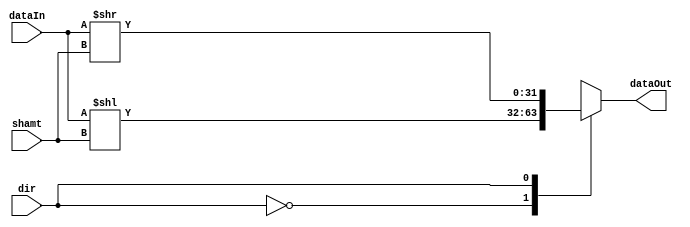
module barrel_shifter32(input[4:0] shamt, input dir, input[31:0] dataIn, output[31:0] dataOut);
//For shifting A and B operands, one module that can do left or right!
wire[31:0] tmp_shift[1:0];

assign tmp_shift[0]=dataIn<<shamt;
assign tmp_shift[1]=dataIn>>shamt;
assign dataOut=tmp_shift[dir];
endmodule
/////////////////////////////////////////////////////////////////////////////////////
module barrel_shifter64(input[4:0] shamt, input dir, input[63:0] dataIn, output[63:0] dataOut);
//For shifting A, needs to extend.
wire[63:0] tmp_shift[1:0];

assign tmp_shift[0]=dataIn<<shamt;
assign tmp_shift[1]=dataIn<<shamt;
assign dataOut=tmp_shift[dir];

endmodule
/////////////////////////////////////////////////////////////////////////////////////
module sign_extend_u(input[31:0] operand, output[63:0] out);
//For sign extending 32bit into 64bits for the adder/accumulator. Unsigned.
assign out={32'b0,operand};
endmodule
/////////////////////////////////////////////////////////////////////////////////////
module sign_extend_s(input[31:0] operand, output[63:0] out);
//For sign extending signed numbers.
wire[63:0] ext[1:0];
assign ext[0]={32'b0,operand};
assign ext[1]={32'b1,operand};
assign out=ext[operand[31]];
endmodule
/////////////////////////////////////////////////////////////////////////////////////
module upcounter(input clk, input reset, output reg[4:0] cval);
//For keeping track of the shift amount, and what cycle we're on.
reg[4:0] count;
initial count=5'b0;
always @(posedge clk) begin
    if (count<'d31)
        count=count+5'b1;

    if (reset)
        count=5'b0;
        
    cval=count;
end
endmodule
/////////////////////////////////////////////////////////////////////////////////////
module adder64(input[63:0] opA, input [63:0] opB, output[63:0] res);
//Accumlator of shifted multiplies.
assign res=opA+opB;

endmodule
/////////////////////////////////////////////////////////////////////////////////////
module reg64(input clk, input[63:0] dataIn, output reg[63:0] dataOut, input reset);
//Holds the answer for the multiplication
    initial dataOut=63'b0;
    always @(posedge clk) begin
        dataOut=dataIn;
        if (reset)
            dataOut=63'b0;
    end
endmodule
/////////////////////////////////////////////////////////////////////////////////////
module and64(input[63:0] dataIn, input compare, output[63:0] dataOut);
    genvar i;
    generate
    for (i = 0; i < 64; i = i + 1) begin: and_gen
        and abit(dataOut[i],compare,dataIn[i]);
    end
    endgenerate
endmodule
/////////////////////////////////////////////////////////////////////////////////////
module mux2_1_1(input in0,input in1,input sel,output out);
wire arr[1:0];
assign arr[0]=in0;
assign arr[1]=in1;
assign out=arr[sel];
endmodule
/////////////////////////////////////////////////////////////////////////////////////
module mux2_1_1s(input in0,input in1,input sel,output out);
wire A_out;
wire B_out;
wire n_sel;
not nsel(n_sel,sel);
and aands(A_out,in0,sel);
and bands(B_out,in1,n_sel);
or out_or(out,A_out,B_out);
endmodule
/////////////////////////////////////////////////////////////////////////////////////
module mux2_1_32(input[31:0] in0,input[31:0] in1,input sel,output[31:0] out);
wire[31:0] arr[1:0];
assign arr[0]=in0;
assign arr[1]=in1;
assign out=arr[sel];
endmodule
/////////////////////////////////////////////////////////////////////////////////////
module mux2_1_64(input[63:0] in0,input[63:0] in1,input sel,output[63:0] out);
wire[63:0] arr[1:0];
assign arr[0]=in0;
assign arr[1]=in1;
assign out=arr[sel];
endmodule
/////////////////////////////////////////////////////////////////////////////////////
module mux3_1_1(input in0, input in1, input in2, input sel, output out);
wire arr[2:0];
assign arr[0]=in0;
assign arr[1]=in1;
assign arr[2]=in2;
assign out=arr[sel];
endmodule
/////////////////////////////////////////////////////////////////////////////////////
module mux3_1_56(input[55:0] in0, input[55:0] in1, input[55:0] in2, input[1:0] sel, output[55:0] out);
wire[55:0] arr[2:0];
assign arr[0]=in0;
assign arr[1]=in1;
assign arr[2]=in2;
assign out=arr[sel];
endmodule
/////////////////////////////////////////////////////////////////////////////////////
module mux3_1_2(input[1:0] in0, input[1:0] in1, input[1:0] in2, input[1:0] sel, output[1:0] out);
wire[1:0] arr[2:0];
assign arr[0]=in0;
assign arr[1]=in1;
assign arr[2]=in2;
assign out=arr[sel];
endmodule